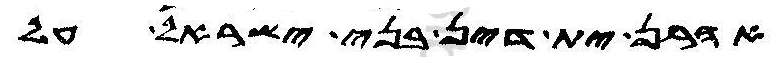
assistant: אהרן ית דין בני ישראל על